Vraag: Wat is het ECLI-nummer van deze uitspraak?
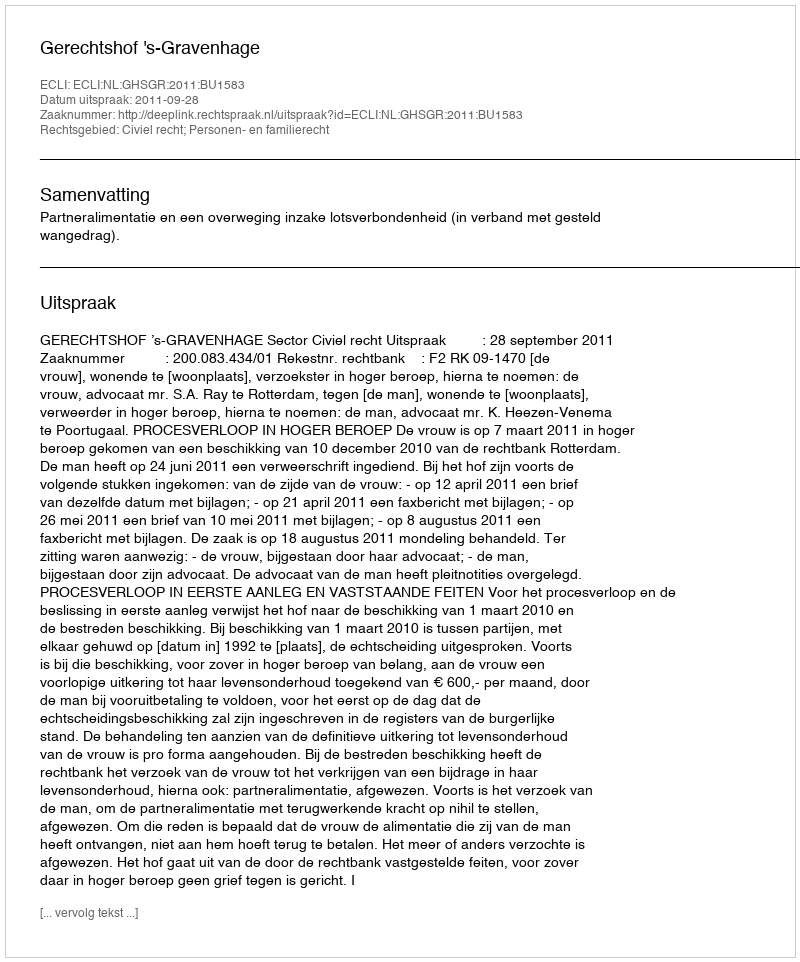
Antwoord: ECLI:NL:GHSGR:2011:BU1583